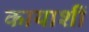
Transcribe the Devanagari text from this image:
कायाशीं